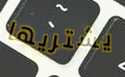
يشتريها